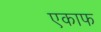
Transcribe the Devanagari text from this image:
एकाफ